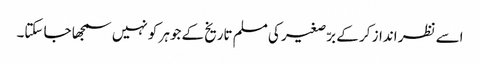
اسے نظر انداز کر کے برّصغیر کی مسلم تاریخ کے جوہر کو نہیں سمجھا جا سکتا۔